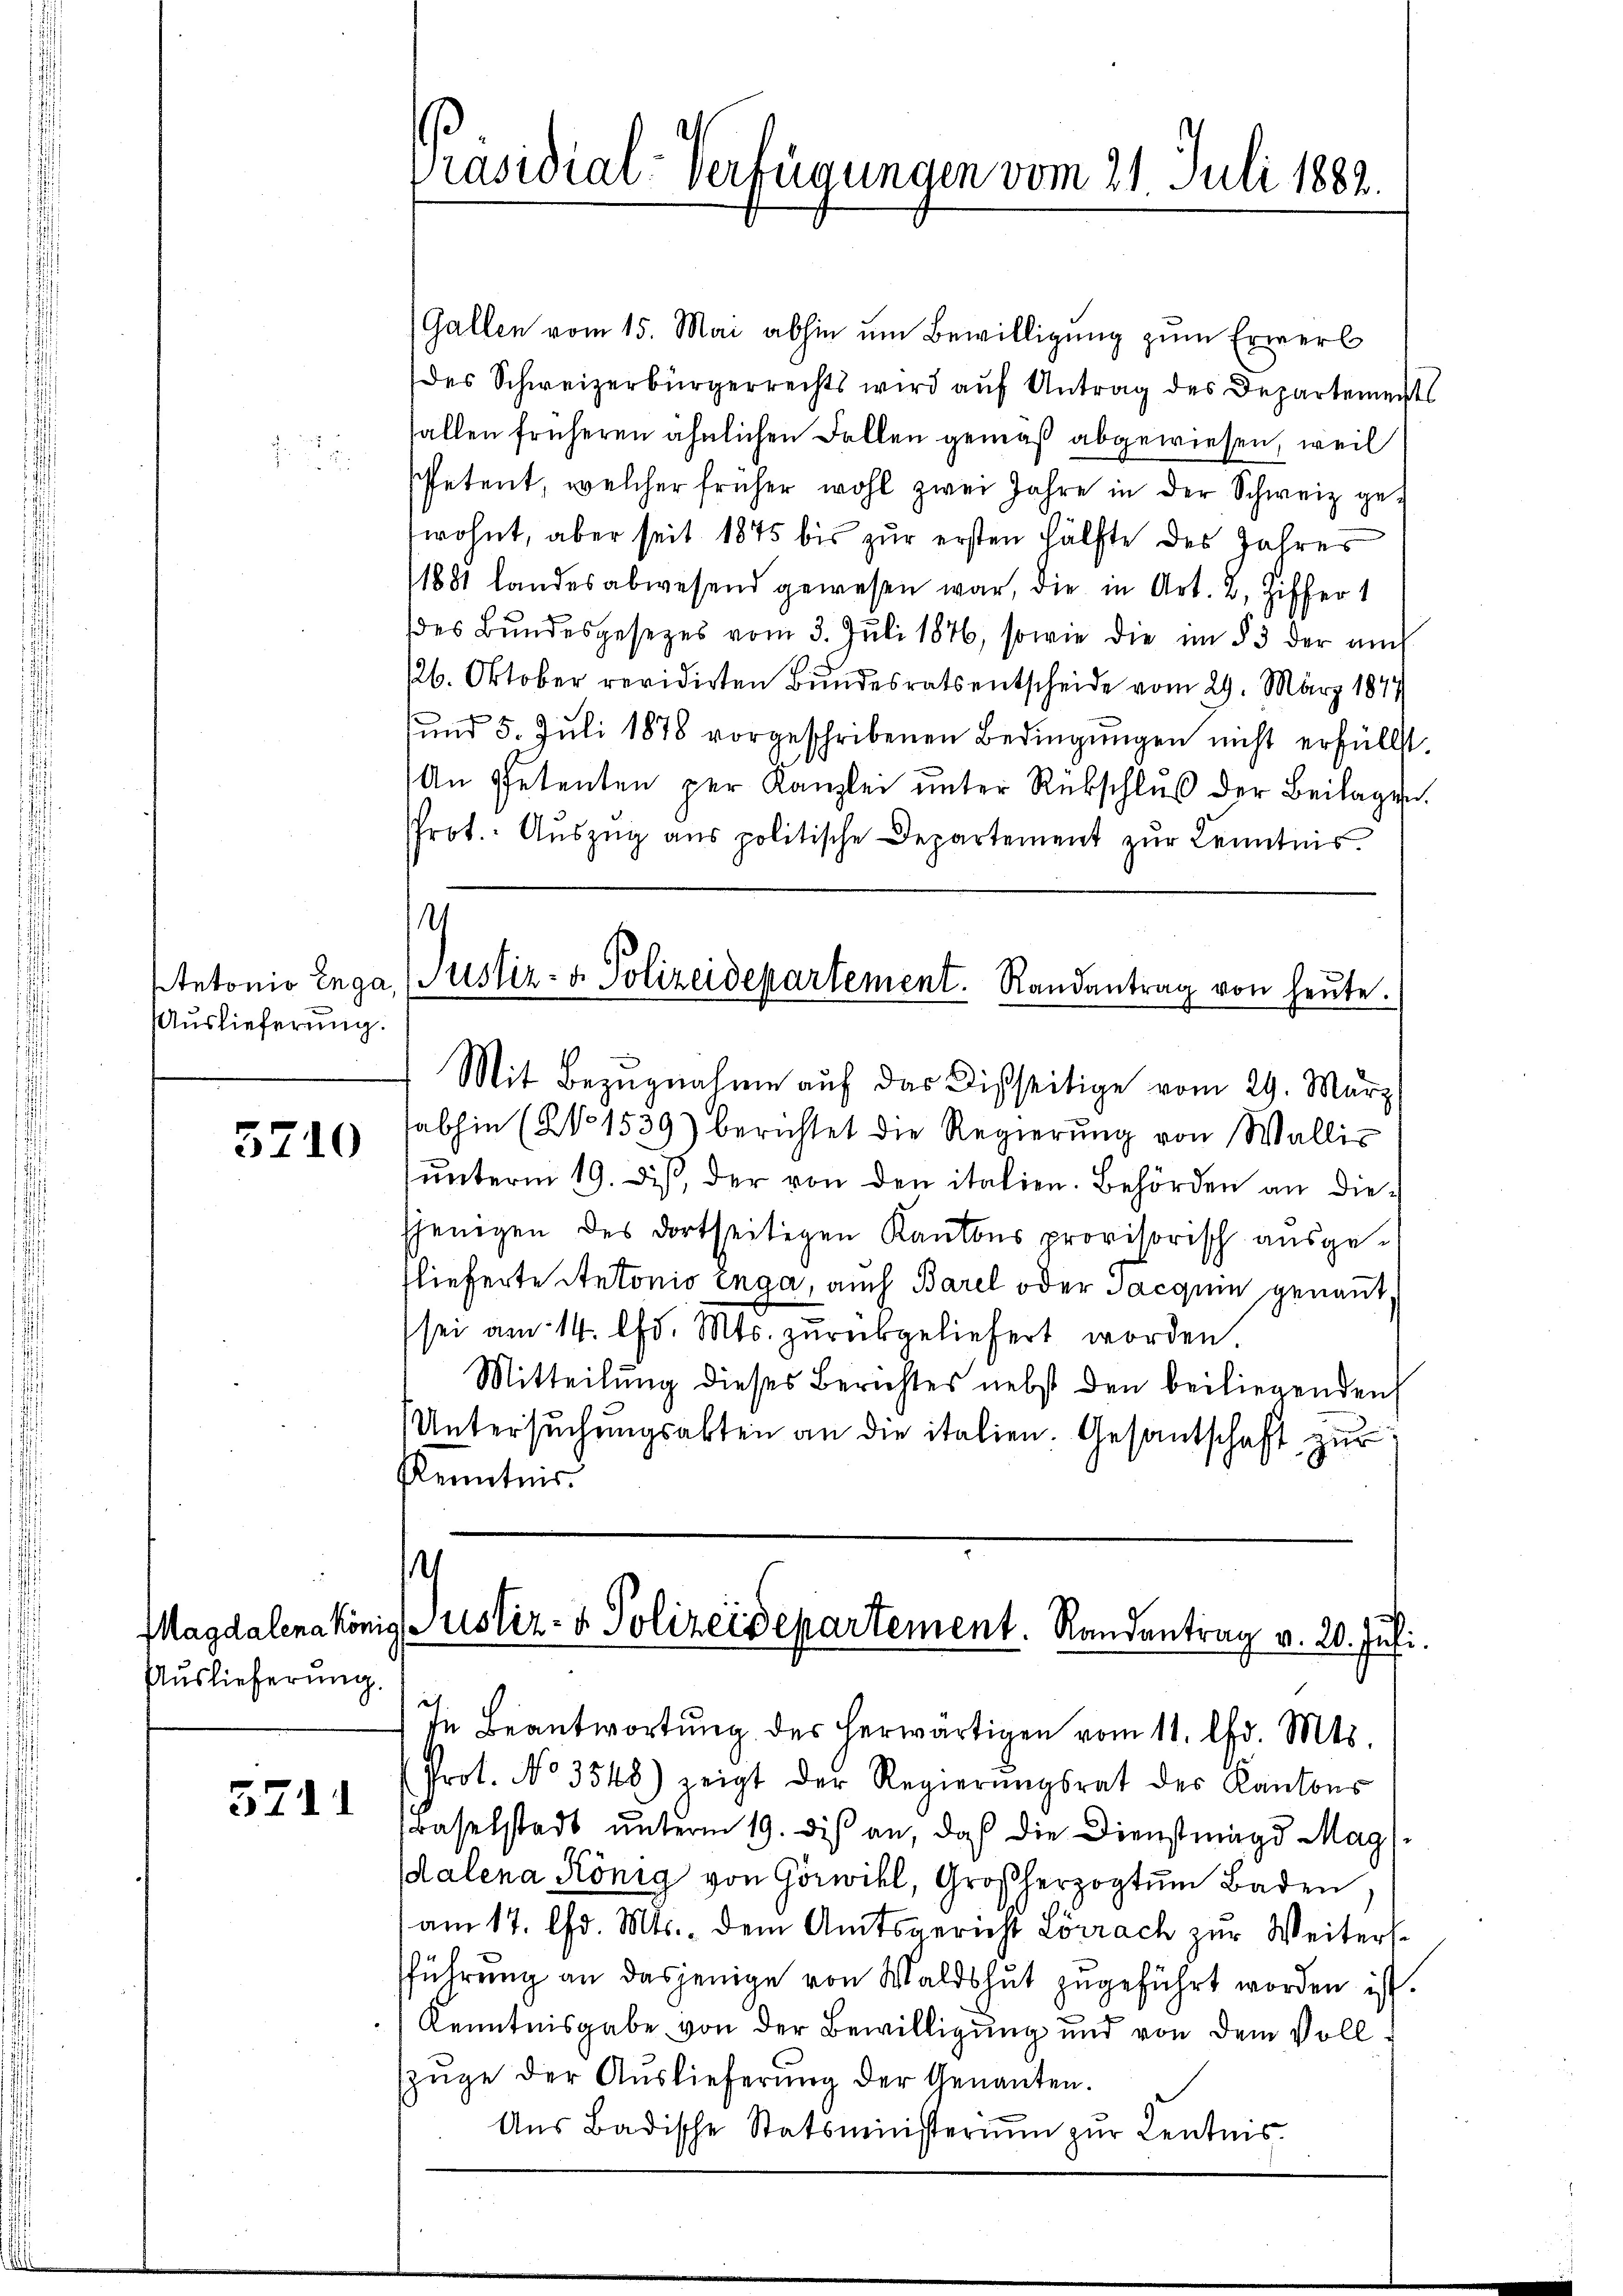
Antonio Enga
Auslieferung.

5710

Auslieferung.

5711

Präsidial-Verfügungen vom 21. Juli 1883.

Gallen vom 15. Mai abhin um Bewilligung zum Erwerb
des Schweizerbürgerrechts wird auf Antrag des Departement
allen früheren ähnlichen Fallen gemäß abgewiesen, weil
spetent, welcher früher wohl zwei Jahre in der Schweiz getwohnt, aber seit 1875 bis zur ersten Hälfte des Jahres
11881 landes abwesend gewesen war, die in Art. 2, Ziffer 1
des Bundesgesetzes vom 3. Juli 1876, sowie die im § 3 der auch
126. Oktober revidirten Bundesrats entscheide vom 29. März 184
und 5. Juli 1878 vorgeschribenen Bedingŭngen nicht erfüllst.
An Petenten per Kanzlei ŭnter Rükschlŭβ der Beilagen
Prot. Auszug aus politische Departement zur Kenntnis.
.
Justiz- & Polizeidepartement. Randantrag von heŭte.
Mit Bezugnahme auf das Disseitige vom 29. März
abhin (No 1539) berichtet die Regierŭng von Walliŭnterm 19. des, der von den italien. Behörden an diesjenigen des dortseitigen Kantons provisorisch ausgelieferte Antonio Enga, auch Barel oder Jacquin genannt,
sei am 14. Chr. Mts. zurückgeliefert worden
Mitteilung dieses Berichtes nebst den beiliegenden
Untersŭchŭngsabten an die italien. Gesantschaft zur
Kenntnis.
s

Magdalena könig Justiz- & Polizeidepartement. Randantrag v. 20. Juli
In Beantwortung des herwärtigen vom 11. d. Mts.

Prot. No 3548) zeigt der Regierŭngsrat der Kantons
Baselstadt unterm 19. diß an, daß die Dienstmagd Mag
dalena König von Görwill, Großherzogtum Baden
am 17. d. Mts., dem Amtsgericht Lörrach zur Weiterse
sführung an dasjenige von Waldshut zugeführt worden ist.
Kenntnisgabe von der Bewilligung und von dem Vollzŭge der Auslieferung der Genannten.
Aus Badische Statsministerium zur Lentnis.